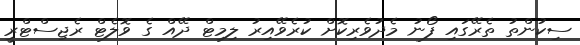
ސިކުންތު ތެރޭގައި ފޯނު މެދުވެރިކޮށް ކުރެވޭއިރު ލިމިޓް ދޭއް ގެ ވޮލެޓް ރެޖިސްޓްރީ